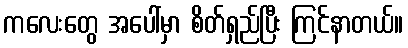
ကလေးတွေ အပေါ်မှာ စိတ်ရှည်ပြီး ကြင်နာတယ်။